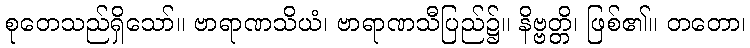
စုတေသည်ရှိသော်။ ဗာရာဏသိယံ၊ ဗာရာဏသီပြည်၌။ နိဗ္ဗတ္တိ၊ ဖြစ်၏။ တတော၊